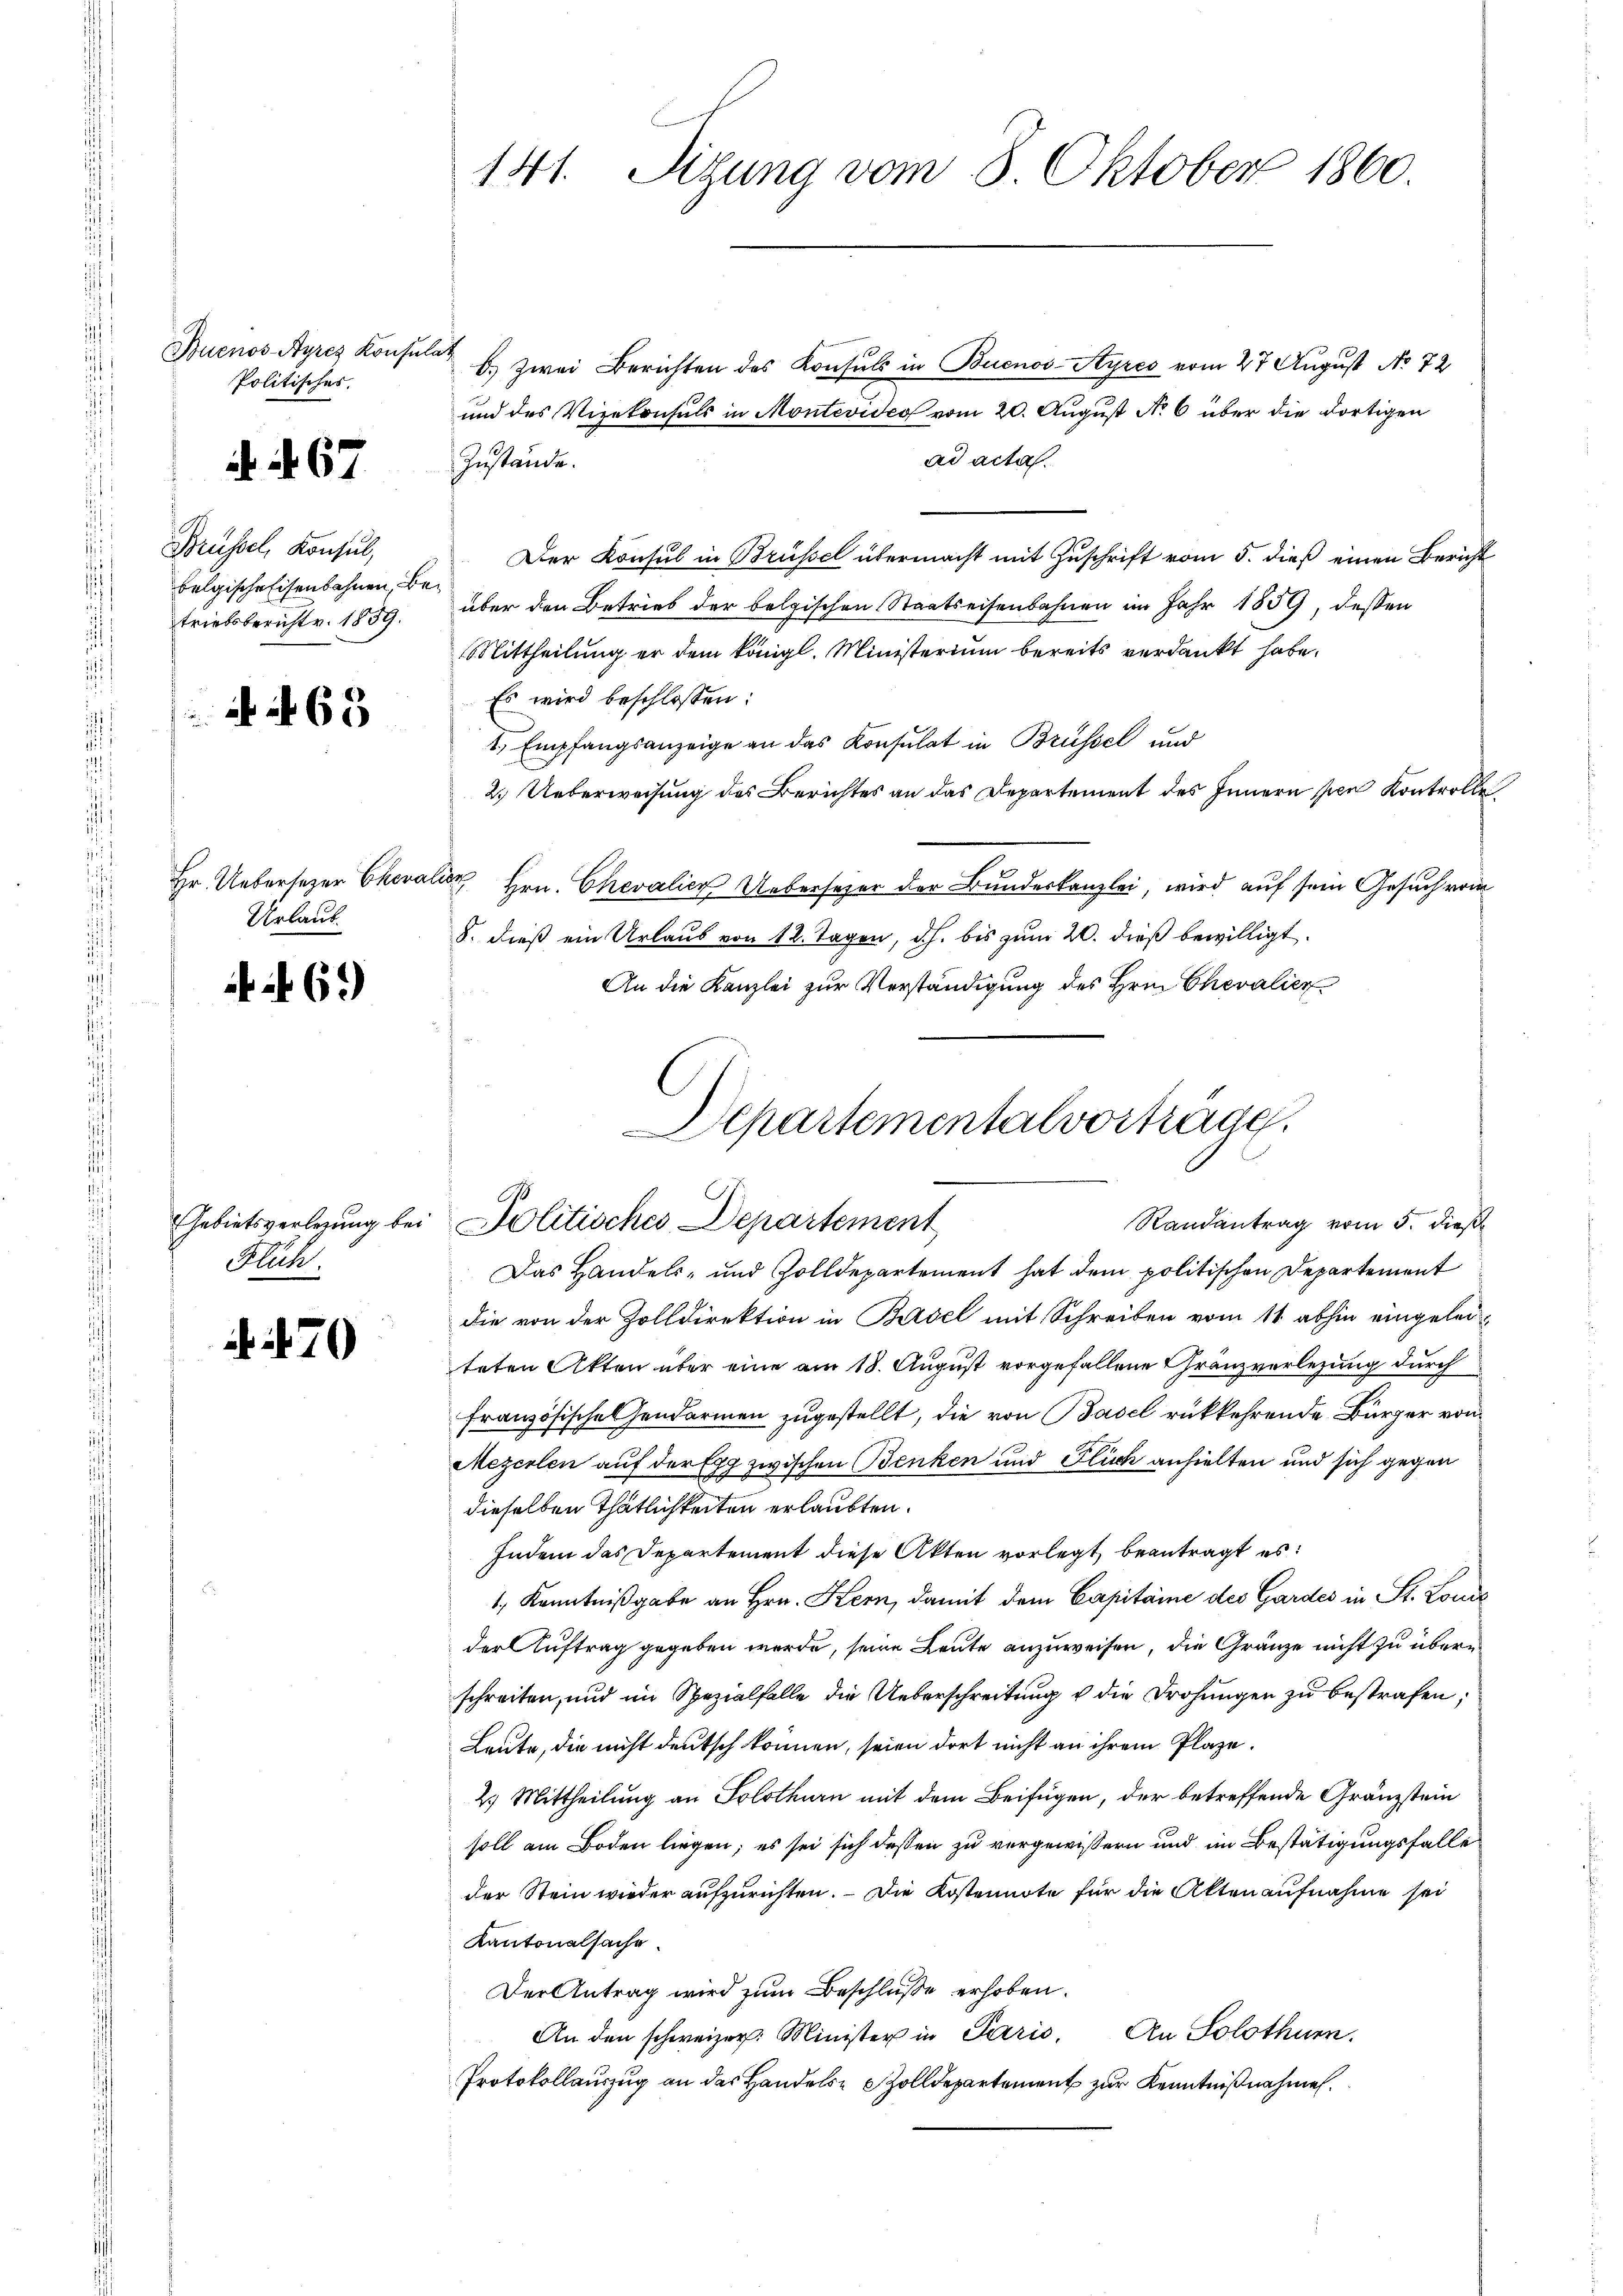
Buenos-Ayres Konsul
Politisches.

f

d. et 67

Brüssel, Konsul,
belgische Eisenbahnen,
triebsberichtr. 1859.

63

Hr. Uebersezer Cheva
Urlaub.

if 69)

Gebietsverlegung bei
Flüch

70

141.
Sitzung vom 8. Oktober 1860.

ich
b.) Zwei Berichten des Konsuls in Buenos-Ayres vom 27 August No 72
und des Vizekonsuls in Montevideo vom 20. August No 6 über die dortigen
ad acta.
Zustände.
Der Konsul in Brüssel übermacht mit Zuschrift vom 5. dieß einen Bericht
über den Betrieb der belgischen Staatseisenbahnen im Jahr 1859, dessen
Mittheilung er dem königl. Ministerium bereits verdankt habe.
Es wird beschlossen:
1., Empfangsanzeige an das Konsulat in Brüssel und
2.) Ueberweisung des Berichtes an das Departement des Innern per Kontrolle
Vier Hrn. Chevalien Ueberseher der Bundeskanzlei, wird auf sein Gesuch vom
8. dieß ein Urlaub von 12. Tagen, d.h. bis zum 20. dieß bewilligt.
An die Kanzlei zur Verständigung des Hrn. Chevalier
Das Handels- und Zolldepartement hat dem politischen Departement
die von der Zolldirektion in Basel mit Schreiben vom 11 abhin eingeleiteten Akten über eine am 18. August vorgefallene Granzverlegung durch
französische Gendarmen zugestellt, die von Basel rükkehrende Bürger von
2 zwischen Benken und Fluch anhielten und sich gegen
Mezerlen auf der E
dieselben Thätlichkeiten erlaubten.
Indem das Departement diese Akten vorlegt, beantragt es:
1., Kenntnißgabe an Hrn. Kern, damit dem Capitaine des Gardes in St. Louis
der Auftrag gegeben werde, seine Leute anzuweisen, die Gränze nicht zu überschreiten, und im Spezialfalle die Ueberschreitung u die Drohungen zu bestrafen;
Leute, die nicht deutsch können, seien dort nicht an ihrem Plaze¬
2.) Mittheilung an Solothurn mit dem Beifügen, der betreffende Gränzstein
soll am Boden liegen; es sei sich dessen zu vergewissern und im Bestätigungsfalle
der Stein wieder aufzurichten. — Die Kostennote für die Alten aufnahme sei
Kantonalsache.
Der Antrag wird zum Beschluße erhoben.
An den schweizer. Minister in Paris. An Solothur.
Protokollauszug an der Handels- Zolldepartement zur Kenntnißnahmen.

Departementalvorträge.
Randantrag vom 5. dieß
Politisches Departement